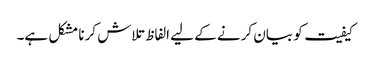
کیفیت کو بیان کرنے کے لیے الفاظ تلاش کرنا مشکل ہے۔